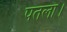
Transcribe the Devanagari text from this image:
पतला।